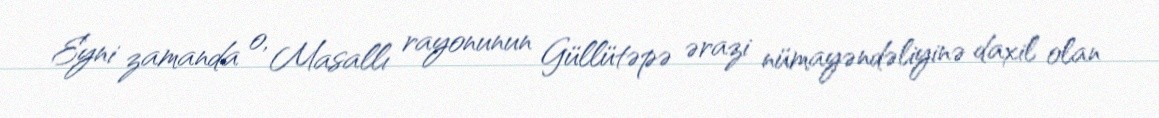
Eyni zamanda o, Masallı rayonunun Güllütəpə ərazi nümayəndəliyinə daxil olan